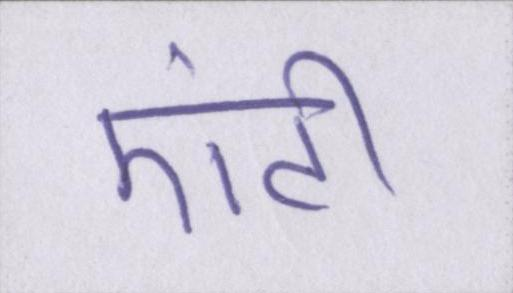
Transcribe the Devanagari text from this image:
एंटी